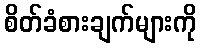
စိတ်ခံစားချက်များကို